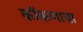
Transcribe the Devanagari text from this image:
कोंकणाचा